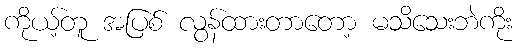
ကိုယ့်တူ အပြစ် လွန်ထားတာတော့ မသိသေးဘဲကိုး